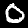
Digit: 0